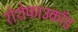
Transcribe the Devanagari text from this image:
रोशेफाउकॉड